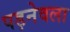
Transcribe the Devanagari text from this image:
पड़नेवला